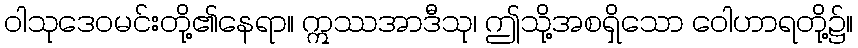
ဝါသုဒေဝမင်းတို့၏နေရာ။ ဣဿအာဒီသု၊ ဤသို့အစရှိသော ဝေါဟာရတို့၌။